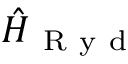
\hat { H } _ { \mathrm { ~ R ~ y ~ d ~ } }